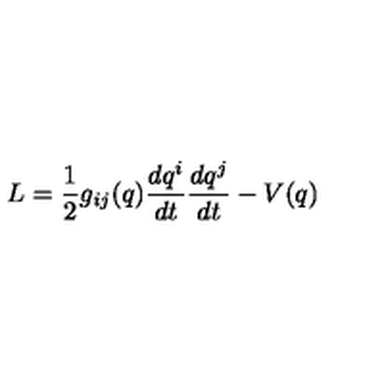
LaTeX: L = \frac { 1 } { 2 } g _ { i j } ( q ) \frac { d q ^ { i } } { d t } \frac { d q ^ { j } } { d t } - V ( q )